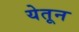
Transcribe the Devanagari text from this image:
येतून